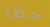
حظا